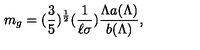
m _ { g } = ( \frac { 3 } { 5 } ) ^ { \frac { 1 } { 2 } } ( \frac { 1 } { \ell \sigma } ) \frac { \Lambda a ( \Lambda ) } { b ( \Lambda ) } ,